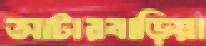
আটারবাড়িয়া